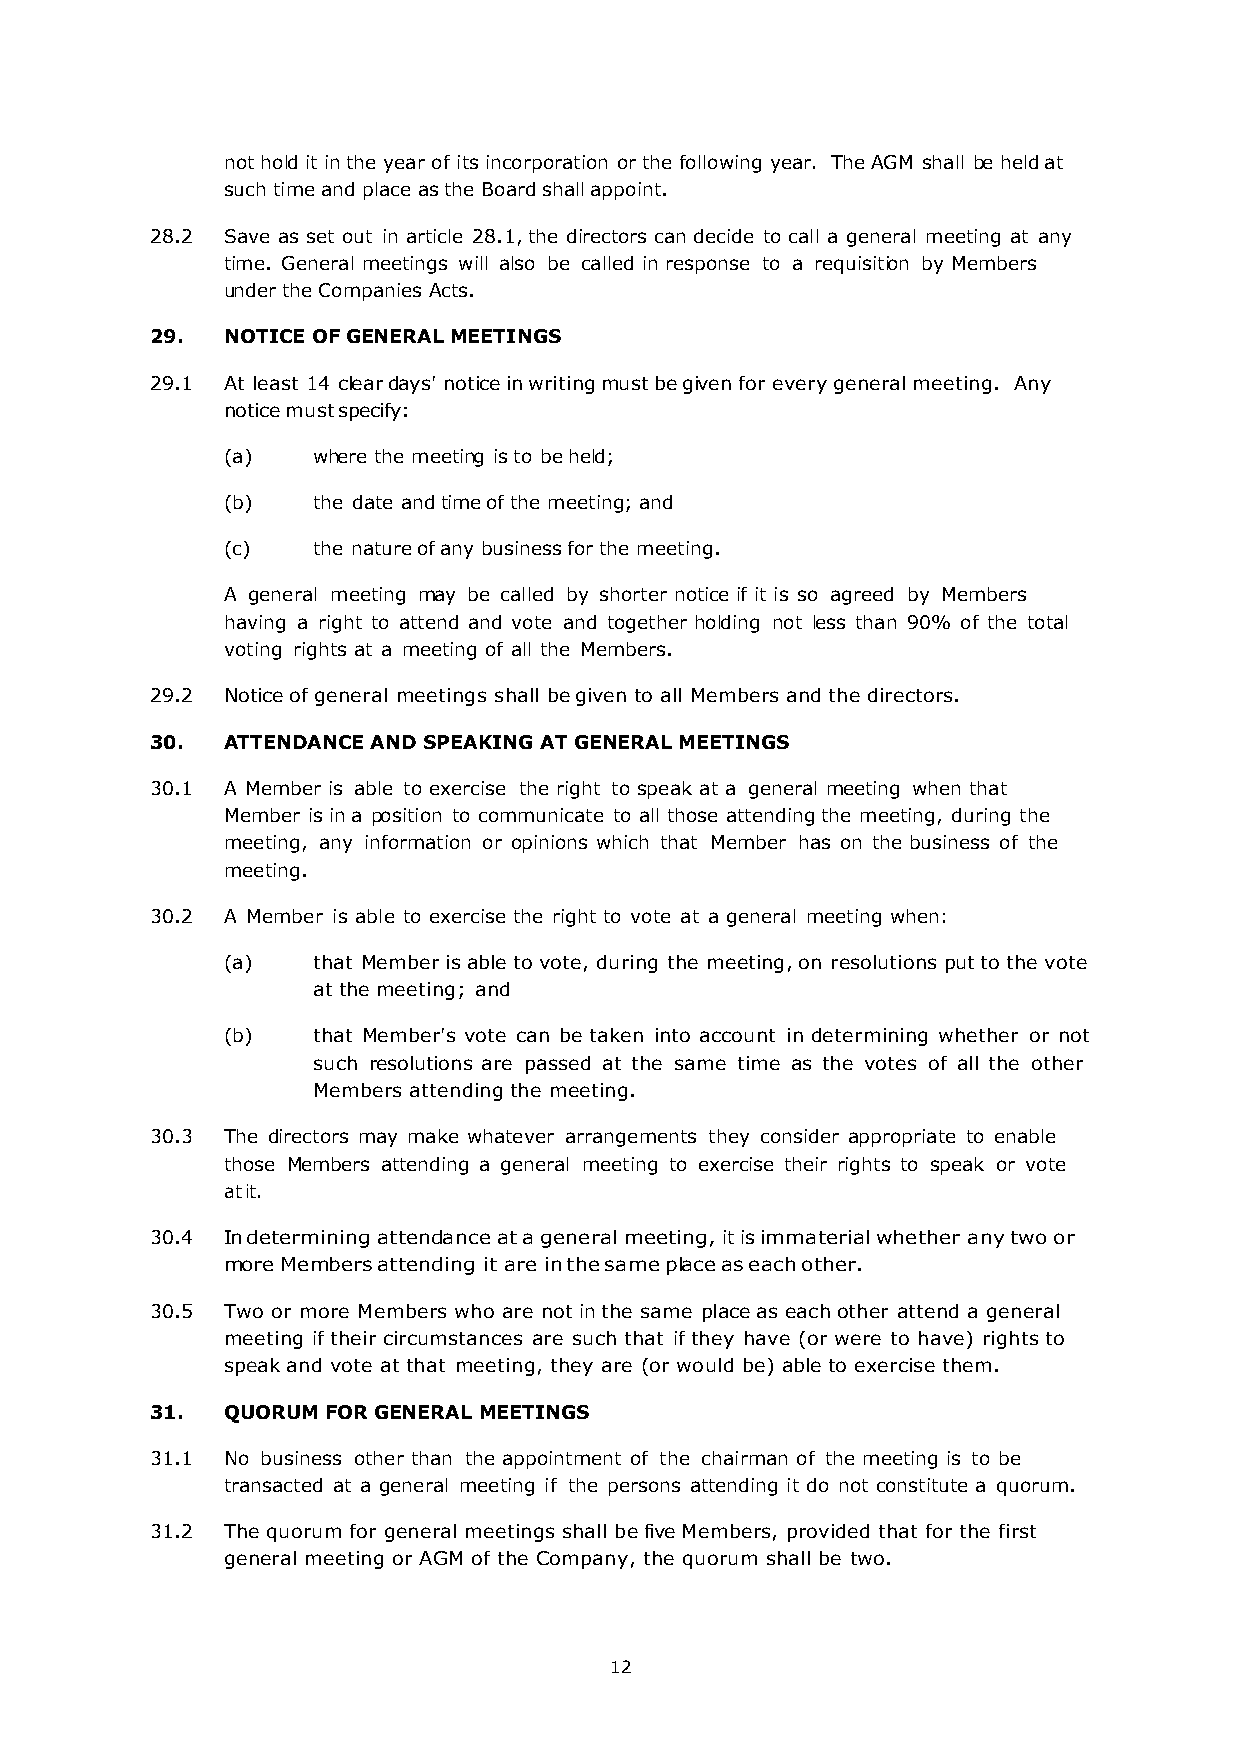
not hold it in the year of its incorporation or the following year. The AGM shall be held at
 such time and place as the Board shall appoint.
 28.2 Save as set out in article 28.1, the directors can decide to call a general meeting at any
 time. General meetings will also be called in response to a requisition by Members
 under the Companies Acts.
 29.  NOTICE OF GENERAL MEETINGS
 29.1 At least 14 clear days' notice in writing must be given for every general meeting. Any
 notice must specify:
 (a)   where the meeting is to be held;
 (b)   the date and time of the meeting; and
 (c)   the nature of any business for the meeting.
 A general meeting may be called by shorter notice if it is so agreed by Members
 having a right to attend and vote and together holding not less than 90% of the total
 voting rights at a meeting of all the Members.
 29.2 Notice of general meetings shall be given to all Members and the directors.
 30.  ATTENDANCE AND SPEAKING AT GENERAL MEETINGS
 30.1 A Member is able to exercise the right to speak at a general meeting when that
 Member is in a position to communicate to all those attending the meeting, during the
 meeting, any information or opinions which that Member has on the business of the
 meeting.
 30.2 A Member is able to exercise the right to vote at a general meeting when:
 (a)   that Member is able to vote, during the meeting, on resolutions put to the vote
 at the meeting; and
 (b)   that Member's vote can be taken into account in determining whether or not
 such resolutions are passed at the same time as the votes of all the other
 Members attending the meeting.
 30.3 The directors may make whatever arrangements they consider appropriate to enable
 those Members attending a general meeting to exercise their rights to speak or vote
 at it.
 30.4 In determining attendance at a general meeting, it is immaterial whether any two or
 more Members attending it are in the same place as each other.
 30.5 Two or more Members who are not in the same place as each other attend a general
 meeting if their circumstances are such that if they have (or were to have) rights to
 speak and vote at that meeting, they are (or would be) able to exercise them.
 31.  QUORUM FOR GENERAL MEETINGS
 31.1 No business other than the appointment of the chairman of the meeting is to be
 transacted at a general meeting if the persons attending it do not constitute a quorum.
 31.2 The quorum for general meetings shall be five Members, provided that for the first
 general meeting or AGM of the Company, the quorum shall be two.
 12